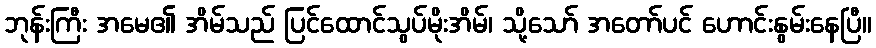
ဘုန်းကြီး အမေ၏ အိမ်သည် ပြင်ထောင်သွပ်မိုးအိမ်၊ သို့သော် အတော်ပင် ဟောင်းနွမ်းနေပြီ။